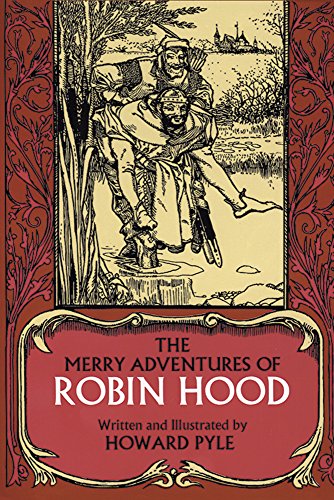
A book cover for The Merry Adventures of Robin Hood (Dover Children's Classics); Howard Pyle; Teen & Young Adult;